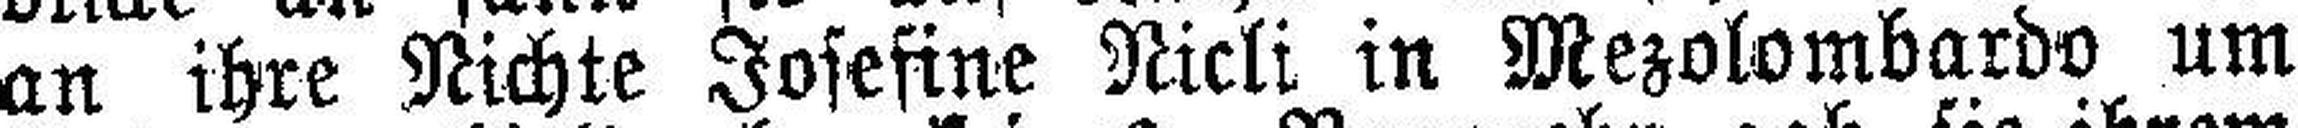
an ihre Nichte Josefine Nicli in Mezolombardo um